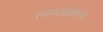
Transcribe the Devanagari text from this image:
स्पामडेक्सिंग